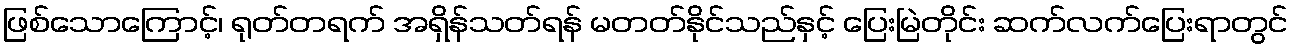
ဖြစ်သောကြောင့်၊ ရုတ်တရက် အရှိန်သတ်ရန် မတတ်နိုင်သည်နှင့် ပြေးမြဲတိုင်း ဆက်လက်ပြေးရာတွင်